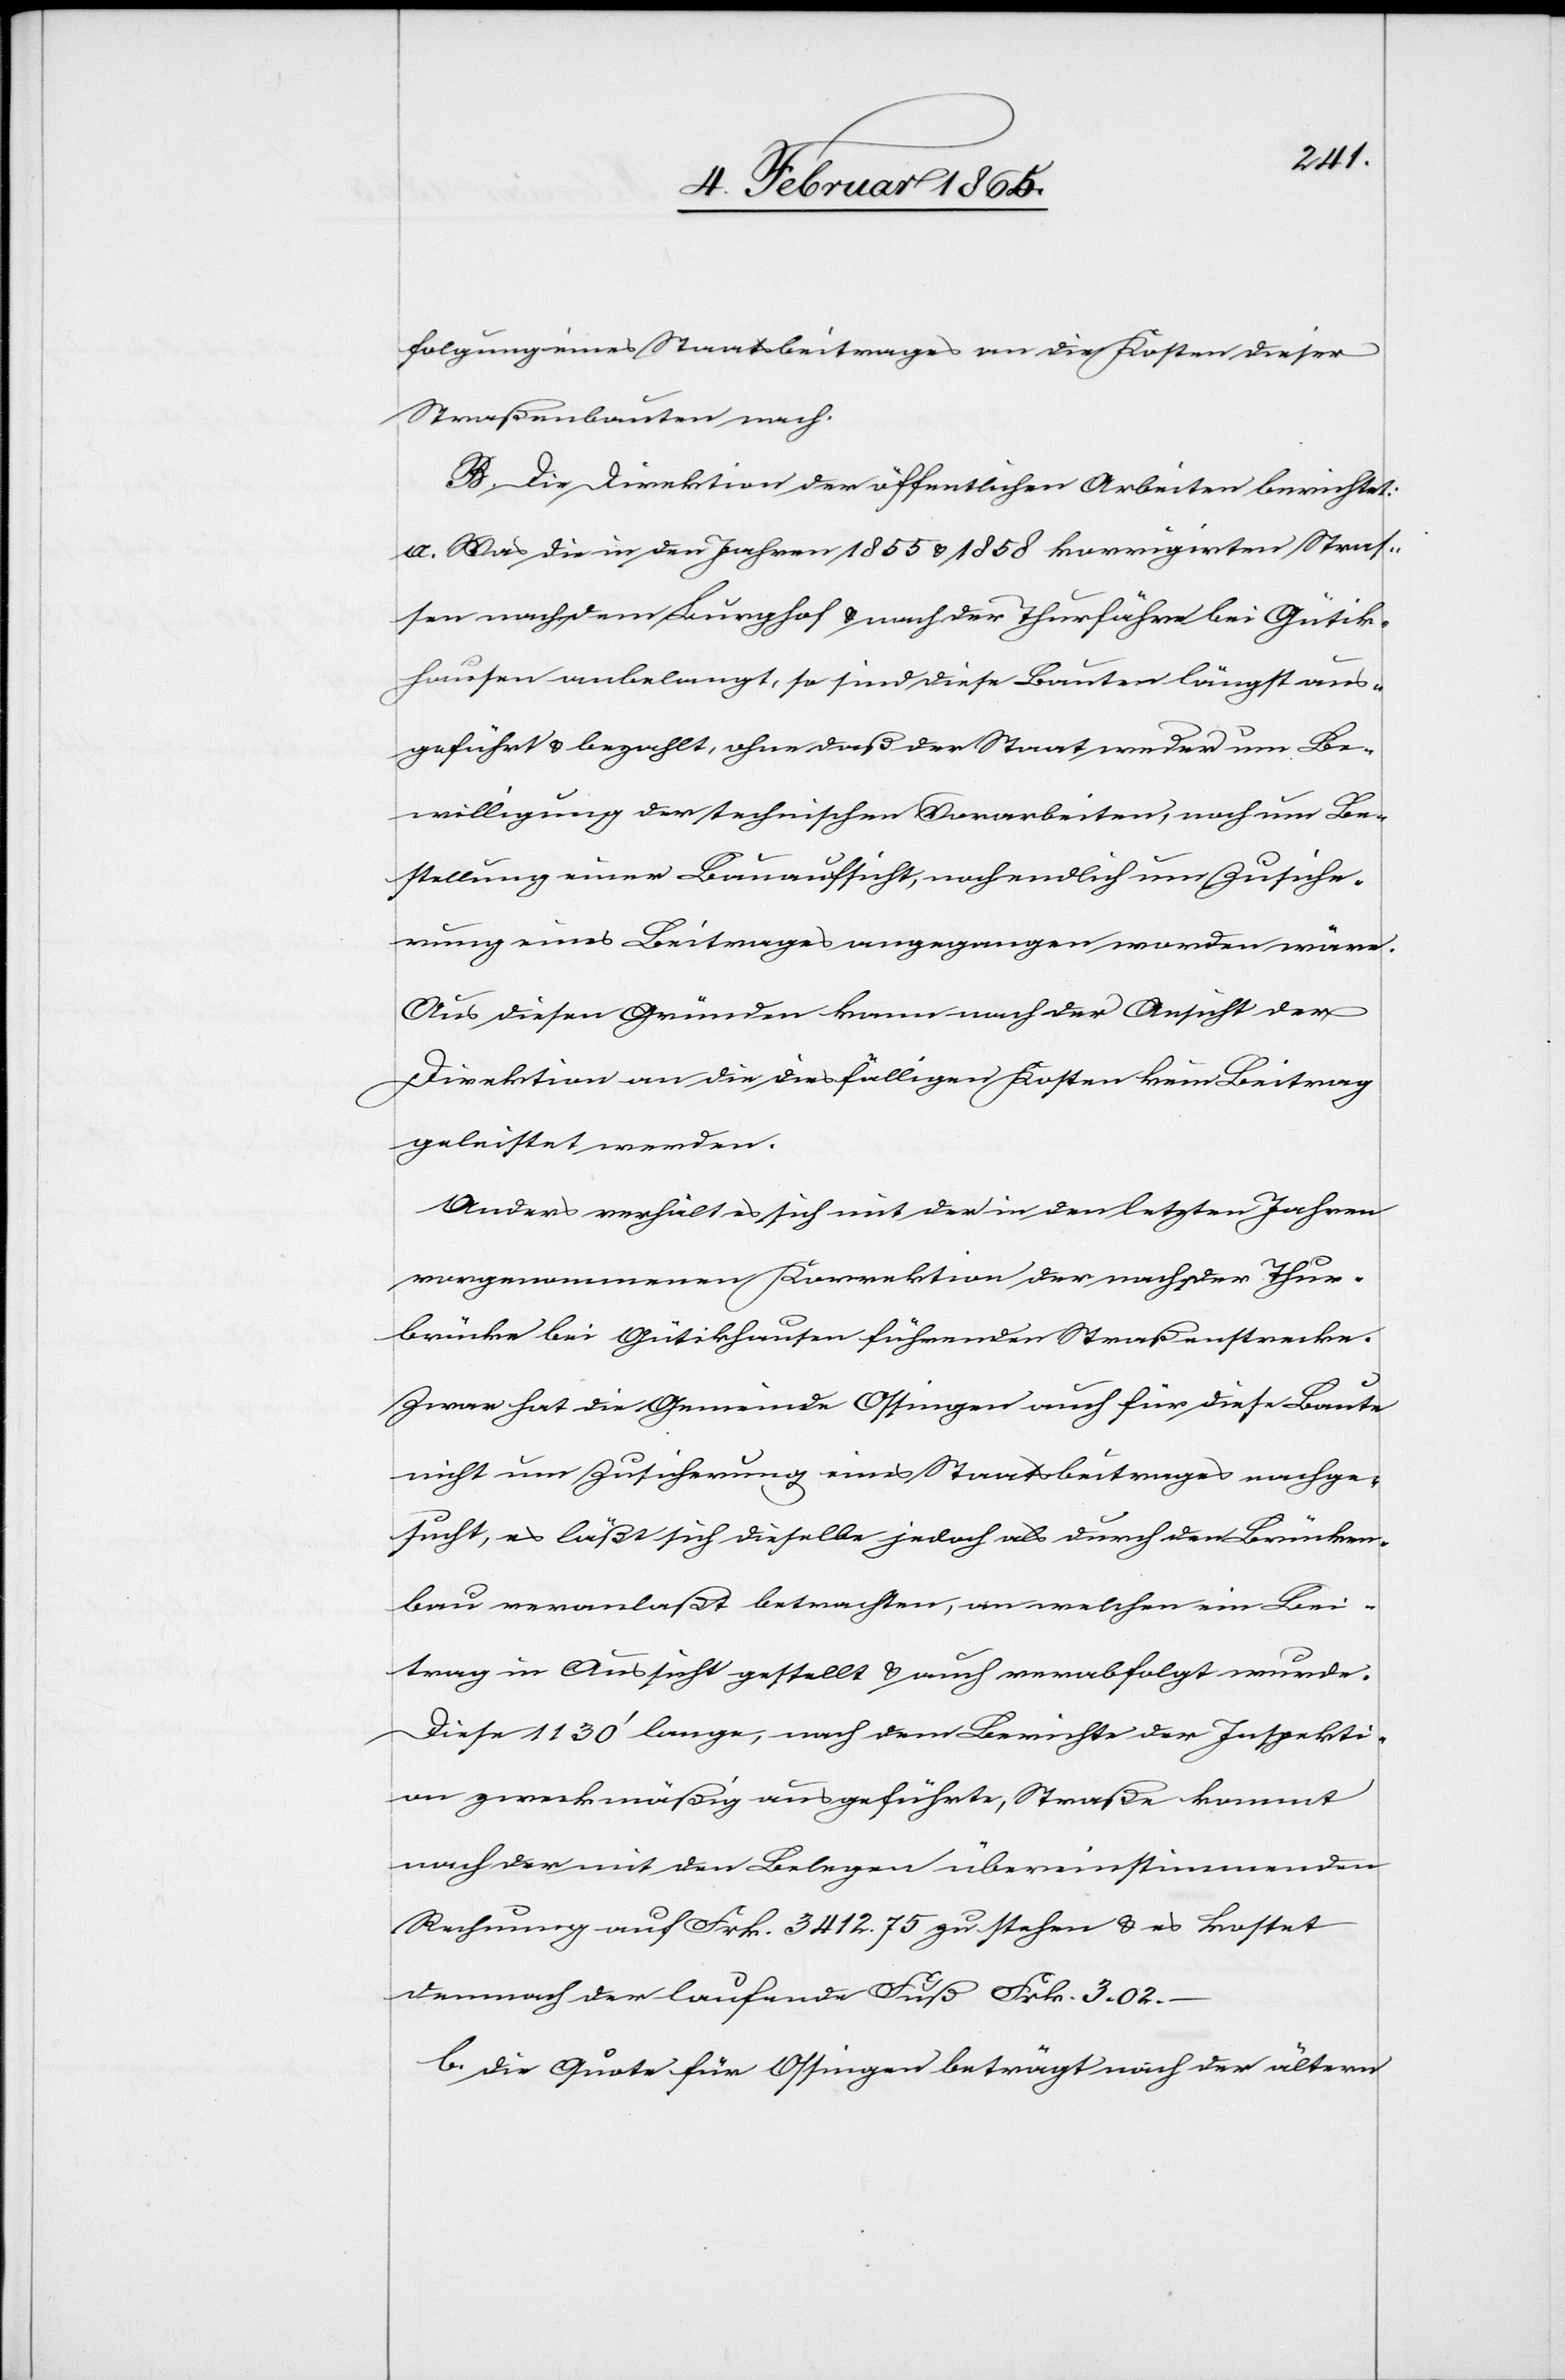
folgung eines Staatsbeitrages an die Kosten dieser
Straßenbauten nach.
B. Die Direktion der öffentlichen Arbeiten berichtet.
a. Was die in den Jahren 1855 u. 1858 korrigirten Straß¬
en nach dem Burghof u. nach der Thurfähre bei Gütik¬
hausen anbelangt, so sind diese Bauten längst aus¬
geführt u. bezahlt, ohne daß der Staat weder um Be¬
willigung der technischen Vorarbeiten, noch um Be¬
stellung einer Bauaufsicht, noch endlich um Zusiche¬
rung eines Beitrages angegangen worden wäre.
Aus diesen Gründen kann nach der Ansicht der
Direktion an die diesfälligen Kosten kein Beitrag
geleistet werden.
Anders verhält es sich mit der in den letzten Jahren
vorgenommenen Korrektion der nach der Thur¬
brücke bei Gütikhausen führenden Straßenstrecke.
Zwar hat die Gemeinde Ossingen auch für diese Baute
nicht um Zusicherung eines Staatsbeitrages nachge¬
sucht, es läßt sich dieselbe jedoch als durch den Brücken¬
bau veranlaßt betrachten, an welchen ein Bei¬
trag in Aussicht gestellt u. auch verabfolgt wurde.
Diese 1130’ lange, nach dem Berichte der Inspekti¬
on zweckmäßig ausgeführte, Straße kommt
nach der mit den Belegen übereinstimmenden
Rechnung auf Frk. 3412. 75 zu stehen u. es kostet
demnach der laufende Fuß Frk. 3. 02.
b. die Quote für Ossingen beträgt nach der ältern